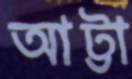
আট্টা